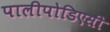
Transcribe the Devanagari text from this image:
पालीपोडिएसी